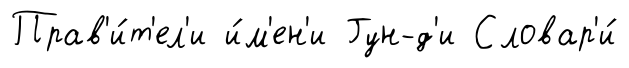
Прав'и́т'ел'и и́м'ен'и Гун-д'и Словар'и́